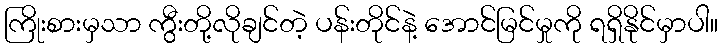
ကြိုးစားမှသာ ကွီးတို့လိုချင်တဲ့ ပန်းတိုင်နဲ့ အောင်မြင်မှုကို ရရှိနိုင်မှာပါ။